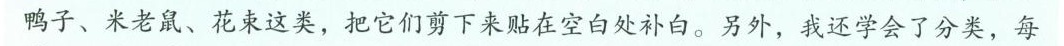
鸭子、米老鼠、花束这类，把它们剪下来贴在空白处补白。另外，我还学会了分类，每